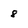
Character: 8